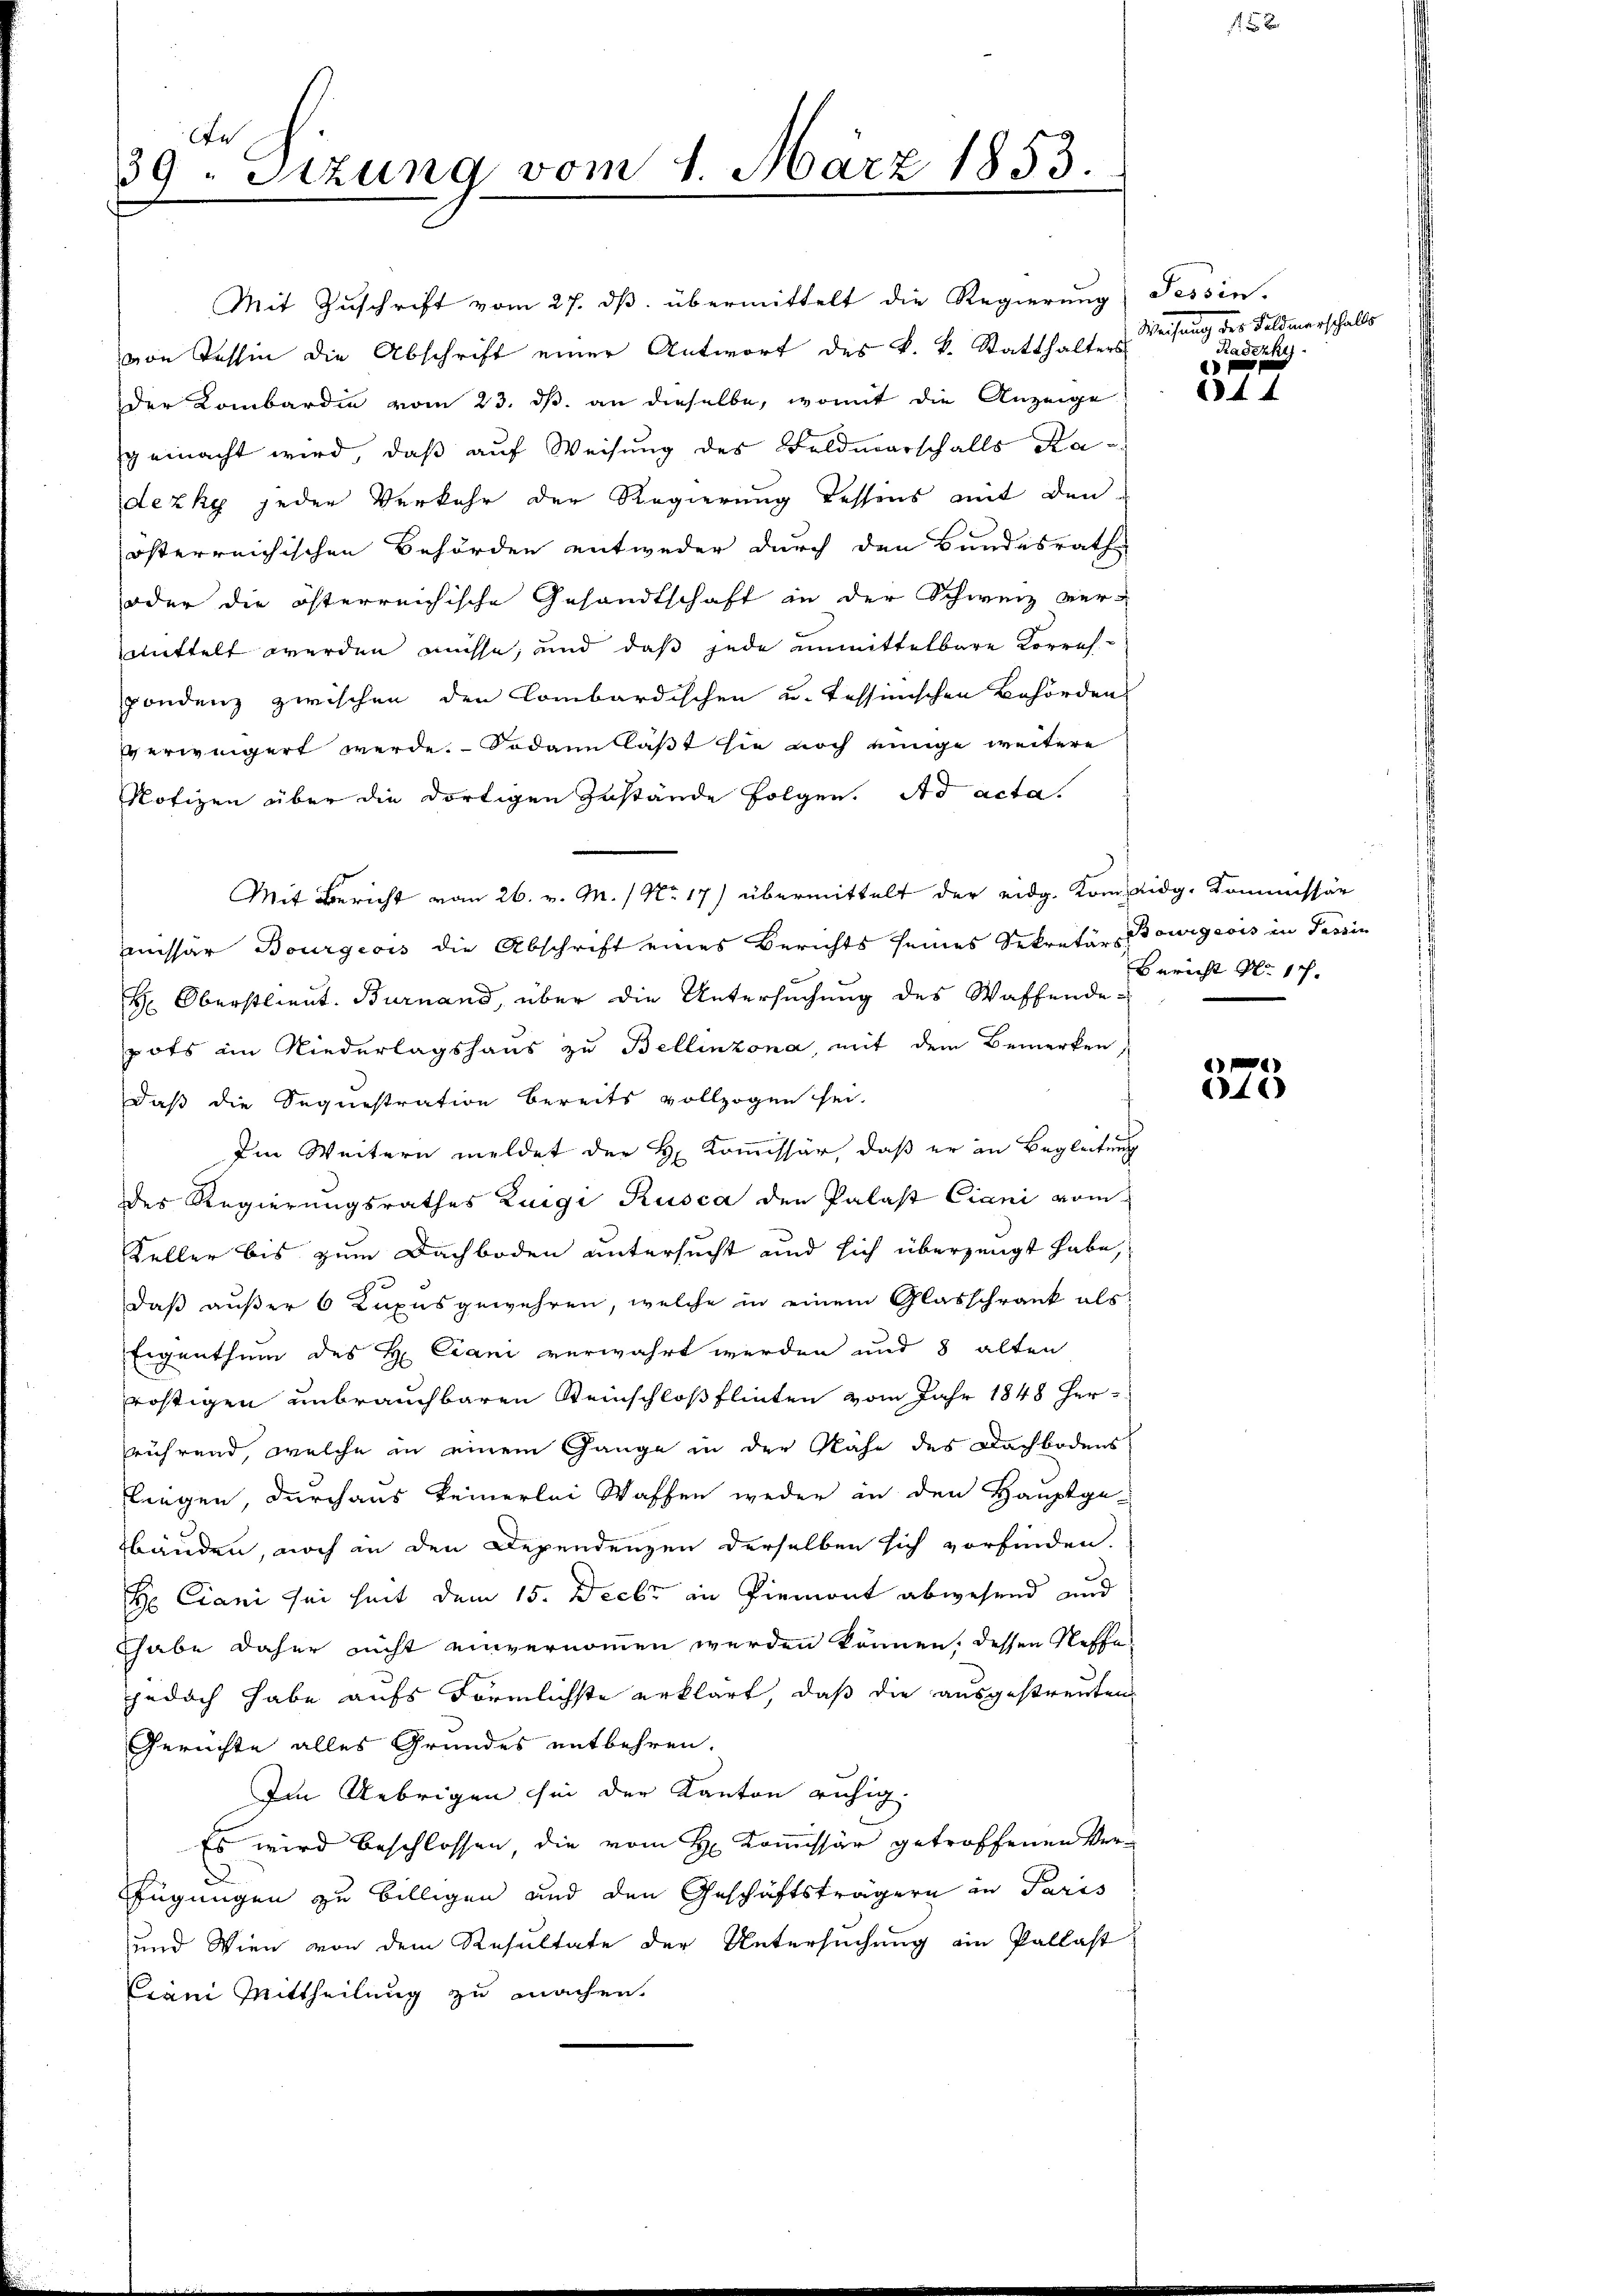
De
39. Sitzung vom 1. März 1853.

von Tessin die Abschrift einer Antwort des k. k. Statthalters
der Kombardie vom 23. ds. an dieselbe, womit die Anzeige
gemacht wird, daß auf Weisung des Feldmarschalls Radezky jeden Verkehr der Regierung dessens mit den
österreichischen Behörden entweder durch den Bundesrath
oder die österreichische Gesandtschaft in der Schweiz ver-
mittelt werden müsse, und daß jede unmittelbare Korres-
pondenz zwischen den Combardischen u. Tessinischen Behörden
erweigert werde. Sodann läßt sie noch einige weitere
Notizen über die dortigen Zustände folgen. Ad acta.
Mit Bericht vom 26. v. M. / No. 17) übermittelt der eidg. Kompeidg. Kommissär
missär Bourgeois die Abschrift eines Berichts seines Sekretärs Bourgeois in Tessin
 Oberstlieut. Burnand, über die Untersuchung des Waffende-
pots ain Niederlagshaus zu Bellinzona, mit dem Bemerken,
daß die Sequestration bereits vollzogen sei.
Im Weitern meldet der H. Kommissär, daß er an Begleitung
des Regierungsrathes Zuigi Rusca den Palast Ciani vom
Keller bis zum Dachboden untersucht und sich überzeugt habe,
daß außer 6 Kuxusgewehren, welche in einem Glasschrank als
Eigenthum des H Ciani verwahrt werden und 8 alten
röhtigen unbrauchbaren Reinschloß flieten vom Jahr 1848 herrührend, welche in einem Gange in der Nähe des Dachbodens
flengen, durchaus keinerlei Waffen weder in den Hauptge-
bäuden, noch in den Dependenzen derselben sich vorfinden.
H Ciani sei seit dem 15. Decbr an Piemont abwesend und
thabe daher nicht einvernommen werden können, dessen Neffe
jedoch habe aufs Förmlichste erklärt, daß die ausgestreuten,
Gerichte alles Grundes entbehren.
Im Uebrigen sei der Kanton ruhig.
Es wird beschlossen, die vom H. Kommissär getroffenen Verfügungen zu billigen und den Geschäftsträgern in Paris
und Wien von dem Resultate der Untersuchung ein Pallast
Crani Mittheilung zu machen.

Mit Zuschrift vom 27. ds. übermittelt die Regierung Tessin.

Weisung des Feldmarschalls
Raschke

f 2 x

44

Bericht No. 17.

40